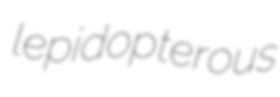
lepidopterous